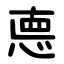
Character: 㥁